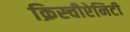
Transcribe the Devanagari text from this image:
क्रिस्चीऐनिटी